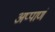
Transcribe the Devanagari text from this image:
अप्पाणं